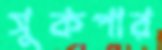
সুকপার